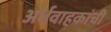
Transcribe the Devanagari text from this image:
अर्धवाहकांची